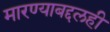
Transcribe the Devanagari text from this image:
मारण्याबद्दलही